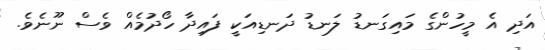
އަދި އެ މީހުންގެ މައިގަނޑު ލަނޑު ދަނޑިއަކީ ފައިދާ ހޯދުމެއް ވެސް ނޫނެވެ.